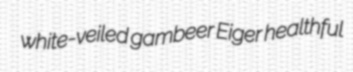
white-veiled gambeer Eiger healthful